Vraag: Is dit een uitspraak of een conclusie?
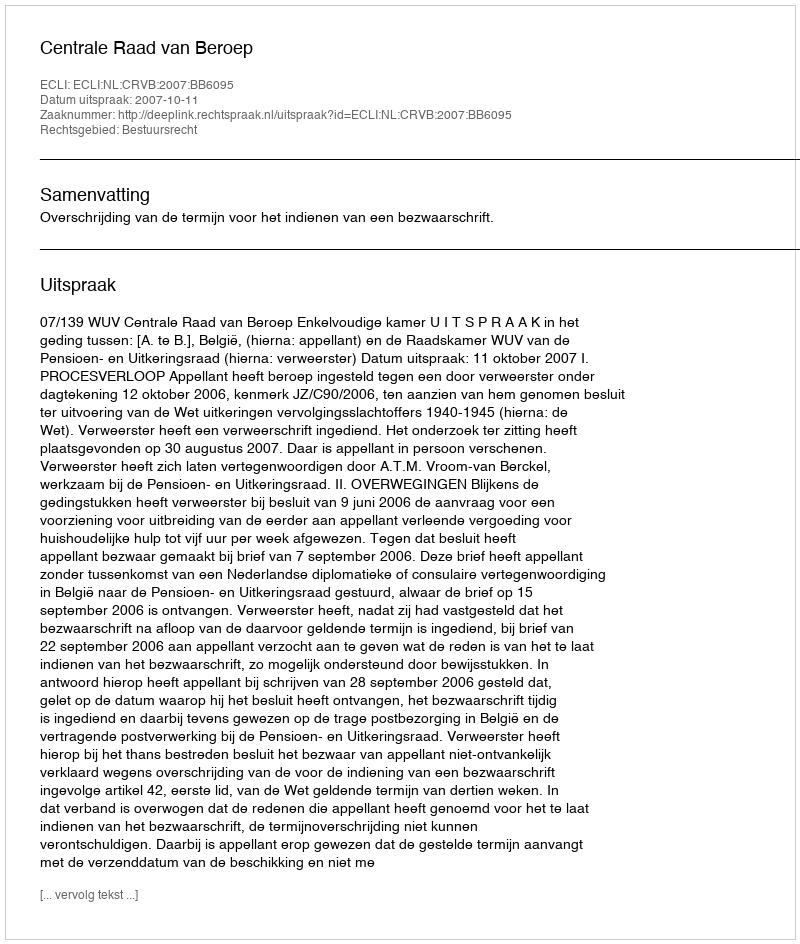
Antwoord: Uitspraak